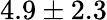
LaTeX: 4.9\pm 2.3